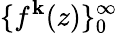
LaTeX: \{ f^{\mathbf{k}}(z)\} _{0}^{\infty}